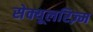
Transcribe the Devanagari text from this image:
सेक्यूलरिज़्म